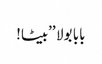
بابا بولا ’’بیٹا!